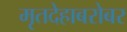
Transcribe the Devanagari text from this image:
मृतदेहाबरोबर